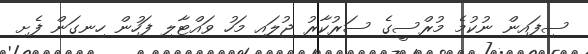
ސިފައިން ނުކުމެ މުރްސީގެ ސަރުކާރު ޖުލައި މަހު ވައްޓާލި ފަހުން ހިނގަން ފެށި